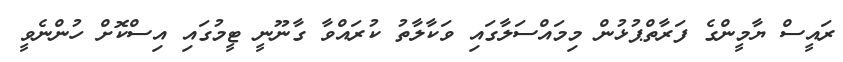
ރައީސް ޔާމީންގެ ފަރާތްޕުޅުން މިމައްސަލާގައި ވަކާލާތު ކުރައްވާ ގާނޫނީ ޓީމުގައި އިސްކޮށް ހުންނެވީ